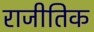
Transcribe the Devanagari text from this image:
राजीतिक